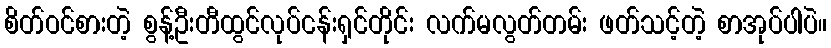
စိတ်ဝင်စားတဲ့ စွန့်ဦးတီထွင်လုပ်ငန်းရှင်တိုင်း လက်မလွတ်တမ်း ဖတ်သင့်တဲ့ စာအုပ်ပါပဲ။